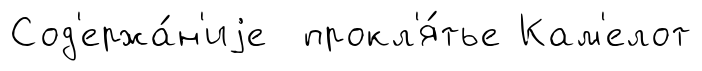
Сод'ержа́н'иjе прокл'я́тье Кам'елот